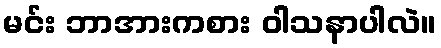
မင်း ဘာအားကစား ဝါသနာပါလဲ။